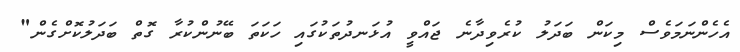
އެހެންނަމަވެސް މިކަން ބަދަލު ކުރެވިދާނެ ޖައްވީ އުޅަނދުތަކުގައި ހަކަތަ ބޭނުންކުރާ ގޮތް ބަދަލުކޮށްގެން"